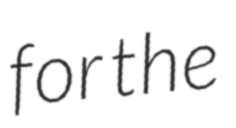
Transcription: for the